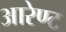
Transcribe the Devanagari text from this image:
आरेण्ट